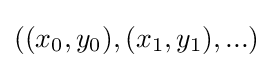
((x_{0},y_{0}),(x_{1},y_{1}),...)